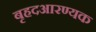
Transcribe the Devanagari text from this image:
बृहदआरण्यक